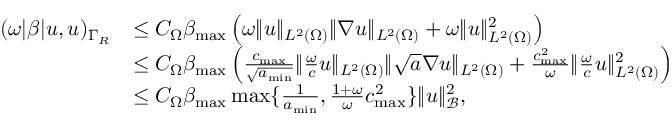
\begin{array} { r l } { ( \omega | \beta | u , u ) _ { \Gamma _ { R } } } & { \leq C _ { \Omega } \beta _ { \operatorname* { m a x } } \left( \omega \| u \| _ { L ^ { 2 } ( \Omega ) } \| \nabla u \| _ { L ^ { 2 } ( \Omega ) } + \omega \| u \| _ { L ^ { 2 } ( \Omega ) } ^ { 2 } \right) } \\ & { \leq C _ { \Omega } \beta _ { \operatorname* { m a x } } \left( \frac { c _ { \operatorname* { m a x } } } { \sqrt { a _ { \operatorname* { m i n } } } } \| \frac { \omega } { c } u \| _ { L ^ { 2 } ( \Omega ) } \| \sqrt { a } \nabla u \| _ { L ^ { 2 } ( \Omega ) } + \frac { c _ { \operatorname* { m a x } } ^ { 2 } } { \omega } \| \frac { \omega } { c } u \| _ { L ^ { 2 } ( \Omega ) } ^ { 2 } \right) } \\ & { \leq C _ { \Omega } \beta _ { \operatorname* { m a x } } \operatorname* { m a x } \{ \frac { 1 } { a _ { \operatorname* { m i n } } } , \frac { 1 + \omega } { \omega } c _ { \operatorname* { m a x } } ^ { 2 } \} \ensuremath { \Vert u \Vert } _ { \mathcal { B } } ^ { 2 } , } \end{array}